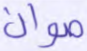
صوان